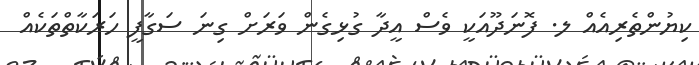
ކިޔުންތެރިއެއް ލ. ފޮނަދޫއަކީ ވެސް އީދާ ގުޅިގެން ވަރަށް ގިނަ ސަގާފީ ހަރަކާތްތަކެއް